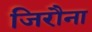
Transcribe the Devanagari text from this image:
जिरौना